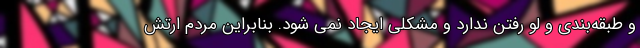
و طبقه‌بندی و لو رفتن ندارد و مشکلی ایجاد نمی شود. بنابراین مردم ارتش